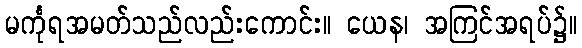
မင်္ကုရအမတ်သည်လည်းကောင်း။ ယေန၊ အကြင်အရပ်၌။